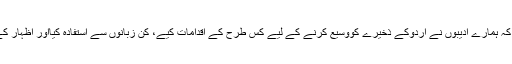
مثلاً اس نوع کامطالعہ ہمیں بتاتاہے کہ ہمارے ادیبوں نے اردوکے ذخیرے کووسیع کرنے کے لیے کس طرح کے اِقدامات کیے، کن زبانوں سے استفادہ کیااور اظہار کے کون کون سے پیرایے اختیارکیے۔